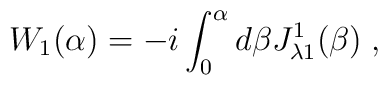
W_1(\alpha) = -i\int_0^\alpha d\beta J^1_{\lambda 1} (\beta) \; ,